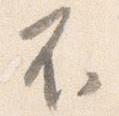
不